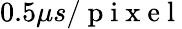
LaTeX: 0.5\mu s/\mathrm{~p~i~x~e~l~}